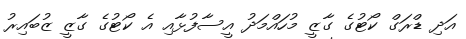
އަދި ޑްރަގް ކޯޓުގެ ގާޒީ މުހައްމަދު އީސާފުޅާއި އެ ކޯޓުގެ ގާޒީ ޒުބައިރު